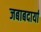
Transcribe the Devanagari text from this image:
जबाबदार्या